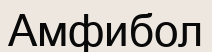
Амфибол